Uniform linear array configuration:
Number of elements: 4
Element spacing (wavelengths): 0.5
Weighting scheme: uniform
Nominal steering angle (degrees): -45
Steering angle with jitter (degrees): -44.72
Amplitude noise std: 0.05
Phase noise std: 0.05

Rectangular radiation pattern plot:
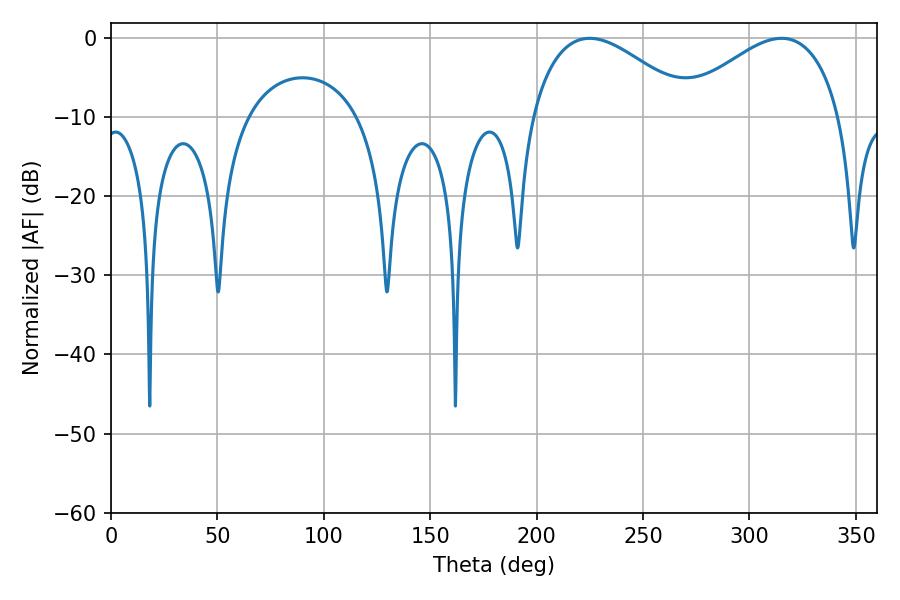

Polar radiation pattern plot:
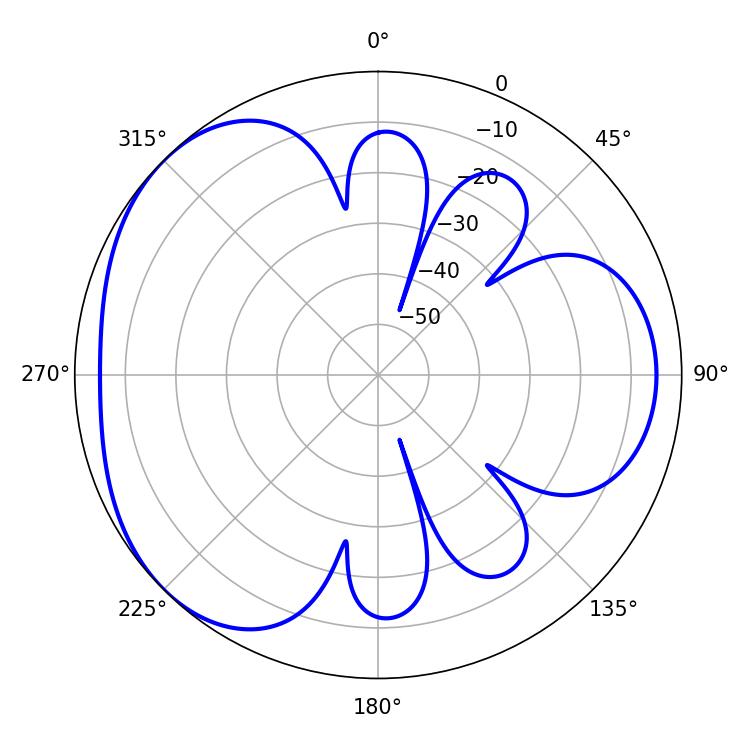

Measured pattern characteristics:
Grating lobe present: FALSE
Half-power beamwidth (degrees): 41.76
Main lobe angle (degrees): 225